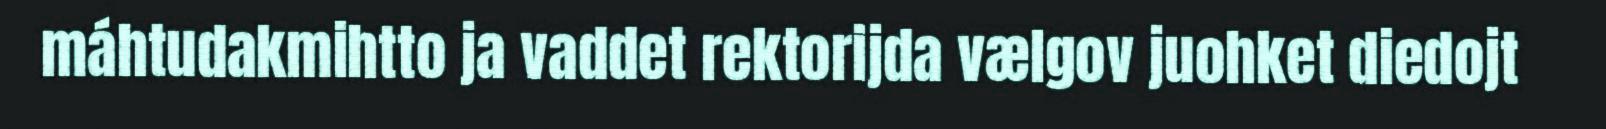
máhtudakmihtto ja vaddet rektorijda vælgov juohket diedojt